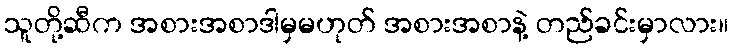
သူတို့ဆီက အစားအစာဒါမှမဟုတ် အစားအစာနဲ့ တည်ခင်းမှာလား။